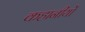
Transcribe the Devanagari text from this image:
कहानीयों